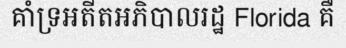
គាំទ្រអតីតអភិបាលរដ្ឋ Florida គឺ